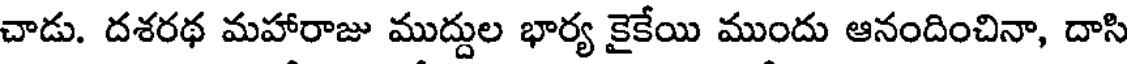
చాడు. దశరథ మహారాజు ముద్దుల భార్య కైకేయి ముందు ఆనందించినా, దాసి